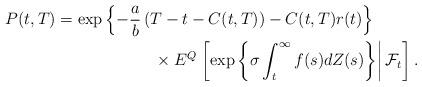
LaTeX: \begin{align*}\begin{aligned}P(t,T)&= \exp \left\{ - \frac{a}{b} \left( T-t-C(t,T)\right) - C(t,T)r(t) \right\}\\&\qquad\qquad\qquad\times E^Q\left.\left[\exp\left\{\sigma\int_{t}^{\infty} f(s)dZ(s)\right\}\right|\mathcal{F}_t\right].\end{aligned}\end{align*}